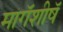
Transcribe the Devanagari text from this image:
मागॅशीषॅ